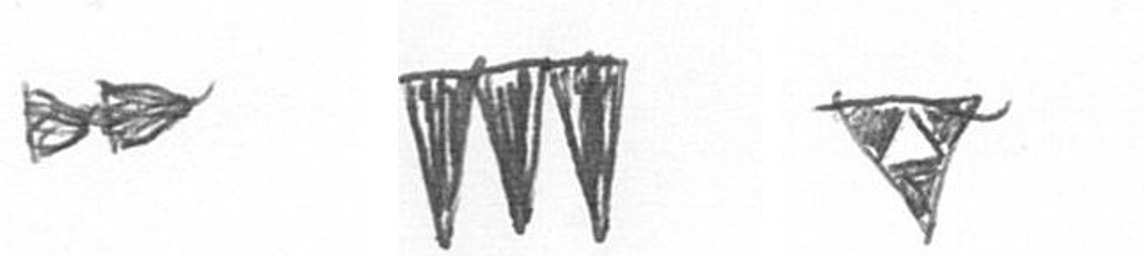
A L S